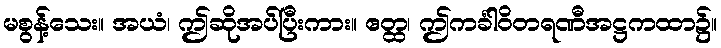
မစွန့်သေး။ အယံ၊ ဤဆိုအပ်ပြီးကား။ ဧတ္ထ၊ ဤကင်္ခါဝိတရဏီအဋ္ဌကထာ၌။